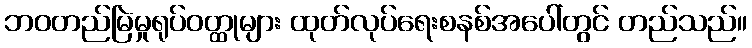
ဘဝတည်မြဲမှုရုပ်ဝတ္ထုများ ထုတ်လုပ်ရေးစနစ်အပေါ်တွင် တည်သည်။